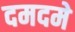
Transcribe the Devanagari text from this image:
दमदमे